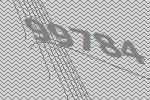
99784